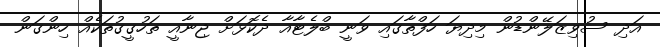
އަދި ސުވިޒަލޭންޑުން މިދިޔަ ހަފްތާގައި ވަނީ ބްލެޓާއާ ދެކޮޅަށް ޖިނާއީ ތަހުގީގުތަކެއް ހިންގަން